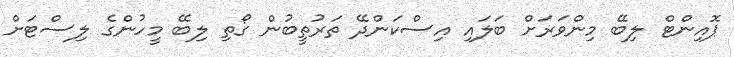
ޕޮއިންޓް ލިބޭ މިންވަރަށް ބަލައި އިސްކަންދޭ ތަރުތީބުން ގޯތި ލިބޭ މީހުންގެ ލިސްޓަށް